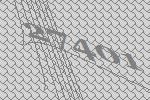
27401